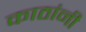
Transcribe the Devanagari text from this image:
काठांनी